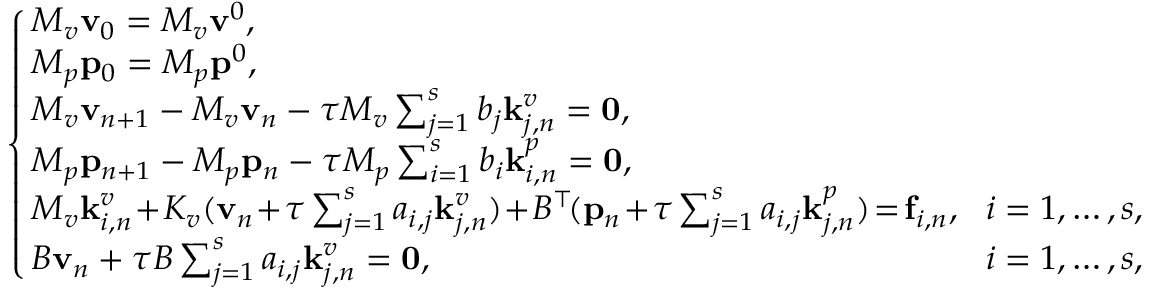
\left\{ \begin{array} { l l } { \! \! M _ { v } \mathbf { v } _ { 0 } = M _ { v } \mathbf { v } ^ { 0 } , } \\ { \! \! M _ { p } \mathbf { p } _ { 0 } = M _ { p } \mathbf { p } ^ { 0 } , } \\ { \! \! M _ { v } \mathbf { v } _ { n + 1 } - M _ { v } \mathbf { v } _ { n } - \tau M _ { v } \sum _ { j = 1 } ^ { s } b _ { j } \mathbf { k } _ { j , n } ^ { v } = \mathbf { 0 } , } & \\ { \! \! M _ { p } \mathbf { p } _ { n + 1 } - M _ { p } \mathbf { p } _ { n } - \tau M _ { p } \sum _ { i = 1 } ^ { s } b _ { i } \mathbf { k } _ { i , n } ^ { p } = \mathbf { 0 } , } & \\ { \! \! M _ { v } \mathbf { k } _ { i , n } ^ { v } \! + \! K _ { v } ( \mathbf { v } _ { n } \! + \! \tau \sum _ { j = 1 } ^ { s } a _ { i , j } \mathbf { k } _ { j , n } ^ { v } ) \! + \! B ^ { \top } \! ( \mathbf { p } _ { n } \! + \! \tau \sum _ { j = 1 } ^ { s } a _ { i , j } \mathbf { k } _ { j , n } ^ { p } ) \! = \! \mathbf { f } _ { i , n } , } & { \! i = 1 , \ldots , s , } \\ { \! \! B \mathbf { v } _ { n } + \tau B \sum _ { j = 1 } ^ { s } a _ { i , j } \mathbf { k } _ { j , n } ^ { v } = \mathbf { 0 } , } & { \! i = 1 , \ldots , s , } \end{array} \right.